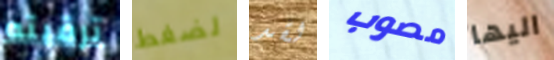
ترقيته لضغط لقد مصوب اليها